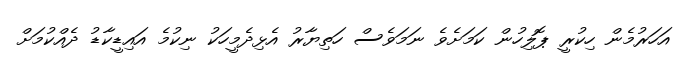
އަހަރުމެން ހިކުރީ ޕޮލިހުން ކަމަށެވެ ނަމަވެސް ހަތިޔާރު އެޅިދެމީހަކު ނިކުމެ އައިޑީކާޑު ދެއްކުމަށް